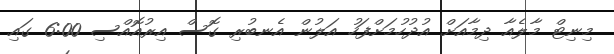
މިނިޓް މާލެއާ ދިމާއަށް އުދުހުމަށްފަހު އަލުން އެނބުރި ގޮސް އިރުއޮއްސި 6:00 ގައި